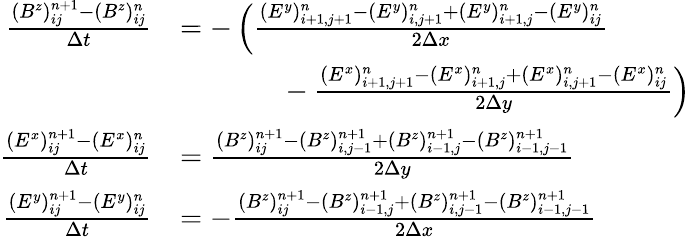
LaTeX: \begin{array}{rl}{\frac{(B^{z})_{ij}^{n+1}-(B^{z})_{ij}^{n}}{\Delta t}}&{=-\left(\frac{(E^{y})_{i+1,j+1}^{n}-(E^{y})_{i,j+1}^{n}+(E^{y})_{i+1,j}^{n}-(E^{y})_{ij}^{n}}{2\Delta x}\right.}\\ &{\phantom{mmmm}-\left.\frac{(E^{x})_{i+1,j+1}^{n}-(E^{x})_{i+1,j}^{n}+(E^{x})_{i,j+1}^{n}-(E^{x})_{ij}^{n}}{2\Delta y}\right)}\\ {\frac{(E^{x})_{ij}^{n+1}-(E^{x})_{ij}^{n}}{\Delta t}}&{=\frac{(B^{z})_{ij}^{n+1}-(B^{z})_{i,j-1}^{n+1}+(B^{z})_{i-1,j}^{n+1}-(B^{z})_{i-1,j-1}^{n+1}}{2\Delta y}}\\ {\frac{(E^{y})_{ij}^{n+1}-(E^{y})_{ij}^{n}}{\Delta t}}&{=-\frac{(B^{z})_{ij}^{n+1}-(B^{z})_{i-1,j}^{n+1}+(B^{z})_{i,j-1}^{n+1}-(B^{z})_{i-1,j-1}^{n+1}}{2\Delta x}}\end{array}